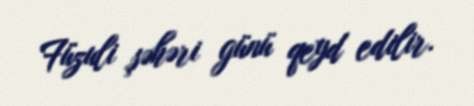
Füzuli şəhəri günü qeyd edilir.